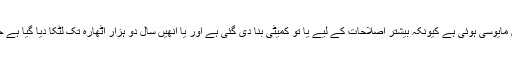
پاکستان تحریک انصاف کے رہنما شوکت یوسفزئی نے کہا ہے کہ انھیں مایوسی ہوئی ہے کیونکہ بیشتر اصلاحات کے لیے یا تو کمیٹی بنا دی گئی ہے اور یا انھیں سال دو ہزار اٹھارہ تک لٹکا دیا گیا ہے جس سے ظاہر ہوتا ہے کہ حکومت تاخیری حربے استعمال کر رہی ہے۔